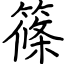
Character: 篠